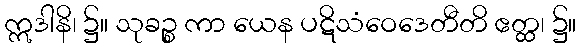
ဣဒါနိ၊ ၌။ သုခဉ္စ ကာ ယေန ပဋိသံဝေဒေတီတိ ဧတ္ထ၊ ၌။